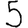
Digit: 5